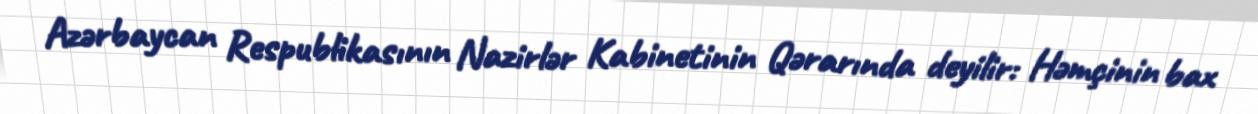
Azərbaycan Respublikasının Nazirlər Kabinetinin Qərarında deyilir: Həmçinin bax